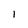
Character: l